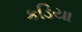
કડિયા